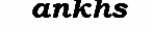
ankhs